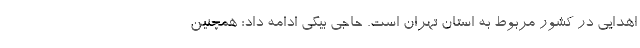
اهدایی در کشور مربوط به استان تهران است. حاجی بیگی ادامه داد: همچنین